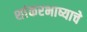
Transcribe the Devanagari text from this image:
शांकरभाष्याचे